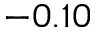
- 0 . 1 0